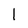
Character: l